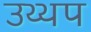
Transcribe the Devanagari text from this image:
उथ्थप